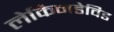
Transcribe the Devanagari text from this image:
लेकिनडेविड